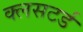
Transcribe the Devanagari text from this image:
क्लसटर्ड